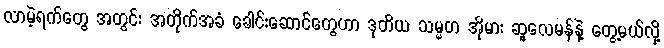
လာမဲ့ရက်တွေ အတွင်း အတိုက်အခံ ခေါင်းဆောင်တွေဟာ ဒုတိယ သမ္မတ အိုမား ဆူလေမန်နဲ့ တွေ့မယ်လို့